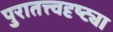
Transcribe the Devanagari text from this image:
पुरातत्त्वदृष्ट्या